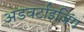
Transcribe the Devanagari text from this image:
अडवर्टाइज़िंग